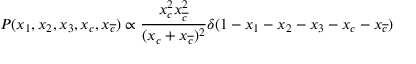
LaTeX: P ( x _ { 1 } , x _ { 2 } , x _ { 3 } , x _ { c } , x _ { \overline { { { c } } } } ) \propto \frac { x _ { c } ^ { 2 } x _ { \overline { { { c } } } } ^ { 2 } } { ( x _ { c } + x _ { \overline { { { c } } } } ) ^ { 2 } } \delta ( 1 - x _ { 1 } - x _ { 2 } - x _ { 3 } - x _ { c } - x _ { \overline { { { c } } } } )